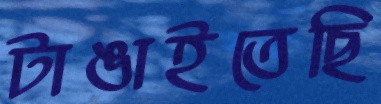
টাঙাইতেছি